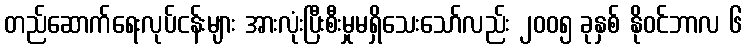
တည်ဆောက်ရေးလုပ်ငန်းများ အားလုံးပြီးစီးမှုမရှိသေးသော်လည်း ၂၀၀၅ ခုနှစ် နိုဝင်ဘာလ ၆